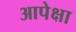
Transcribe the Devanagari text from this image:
आपेक्षा